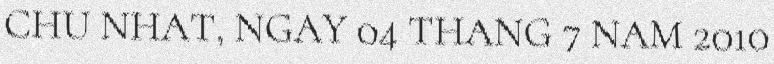
CHU NHAT, NGAY 04 THANG 7 NAM 2010